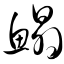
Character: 鳎